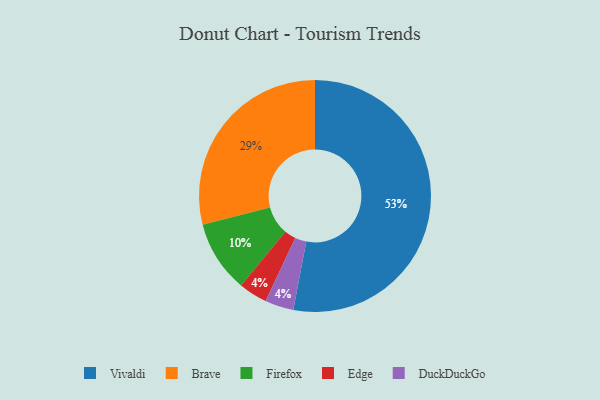
{"axis": {"x": "Category", "y": "Percentage"}, "legend": ["Brave", "DuckDuckGo", "Edge", "Firefox", "Vivaldi"], "data": [{"x": "Vivaldi", "y": 53, "type": "Vivaldi"}, {"x": "Firefox", "y": 10, "type": "Firefox"}, {"x": "Edge", "y": 4, "type": "Edge"}, {"x": "DuckDuckGo", "y": 4, "type": "DuckDuckGo"}, {"x": "Brave", "y": 29, "type": "Brave"}]}